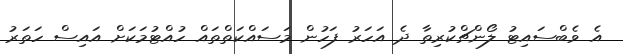
އެ ވެބްސައިޓު ލޯންޗްކުރިތާ ދެ އަހަރު ފަހުން މަސައްކަތްތައް ހުއްޓުމަކަށް އައިސް ހަތަރު